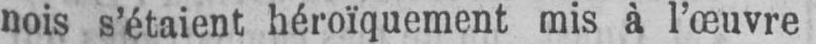
nois s’étaient héroïquement mis à l’œuvre